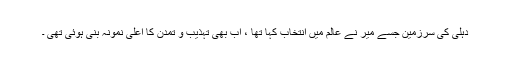
دہلی کی سرزمین جسے میر نے عالم میں انتخاب کہا تھا ، اب بھی تہذیب و تمدن کا اعلی نمونہ بنی ہوئی تھی ۔